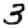
Digit: 3